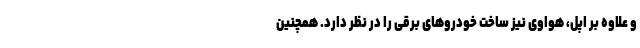
و علاوه بر اپل، هواوی نیز ساخت خودروهای برقی را در نظر دارد. همچنین